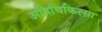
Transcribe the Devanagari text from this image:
अग्निचिकित्सा